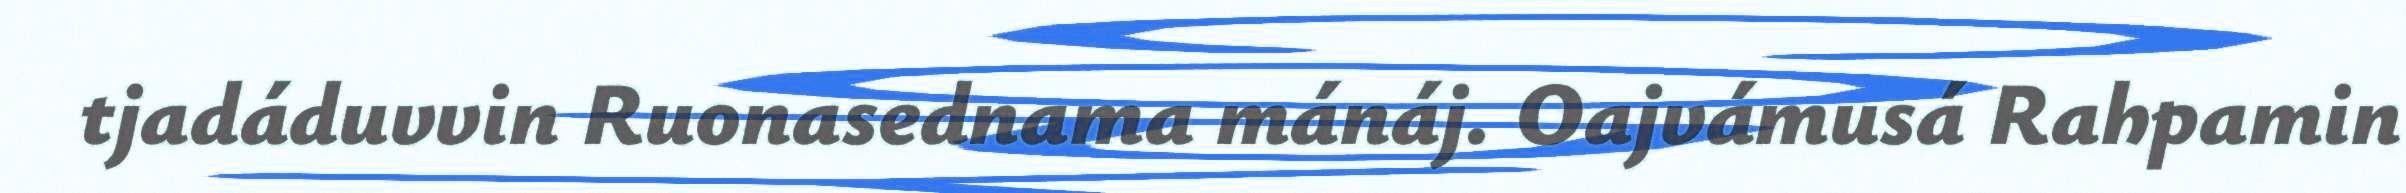
tjadáduvvin Ruonasednama mánáj. Oajvámusá Rahpamin